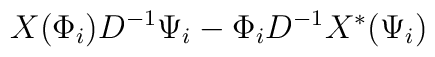
X ( \Phi_i ) D^{-1} \Psi_i- \Phi_i D^{-1} X^{\ast} (\Psi_i )